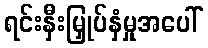
ရင်းနှီးမြှုပ်နှံမှုအပေါ်